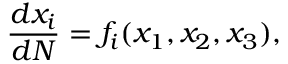
\frac { d x _ { i } } { d N } = f _ { i } ( x _ { 1 } , x _ { 2 } , x _ { 3 } ) ,